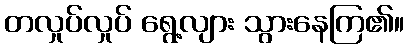
တလှုပ်လှုပ် ရွေ့လျား သွားနေကြ၏။